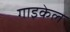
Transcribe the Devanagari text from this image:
गाइकेल